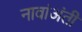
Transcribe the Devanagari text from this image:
नावांअंती